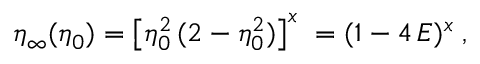
\eta _ { \infty } ( \eta _ { 0 } ) = \left[ \eta _ { 0 } ^ { 2 } \, ( 2 - \eta _ { 0 } ^ { 2 } ) \right] ^ { x } \; = ( 1 - 4 \, E ) ^ { x } \; ,